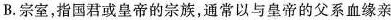
B.宗室，指国君或皇帝的宗族，通常以与皇帝的父系血缘亲